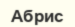
Абрис